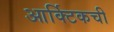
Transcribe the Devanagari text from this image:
आर्क्टिकची